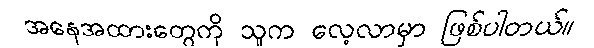
အနေအထားတွေကို သူက လေ့လာမှာ ဖြစ်ပါတယ်။